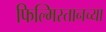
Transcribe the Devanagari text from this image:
फिल्मिस्तानच्या